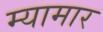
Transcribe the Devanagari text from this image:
म्यामार